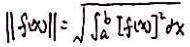
$\| f(x)\| = \sqrt{ \int_{a}^{b} [f(x)]^{2} \, dx }$